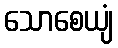
သောစေယျံ